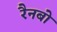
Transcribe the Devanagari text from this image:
रैनबो